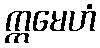
ဣမေဟံ